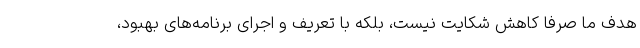
هدف ما صرفا کاهش شکایت نیست، بلکه با تعریف و اجرای برنامه‌های بهبود،